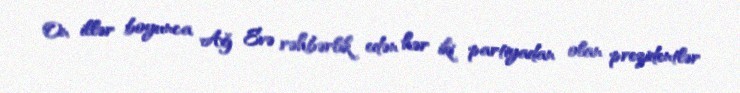
On illər boyunca Ağ Evə rəhbərlik edən hər iki partiyadan olan prezidentlər